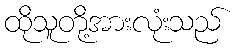
ထိုသူတို့အားလုံးသည်